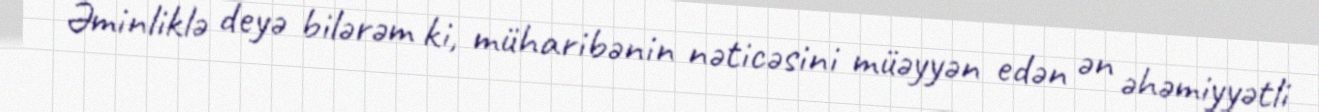
Əminliklə deyə bilərəm ki, müharibənin nəticəsini müəyyən edən ən əhəmiyyətli